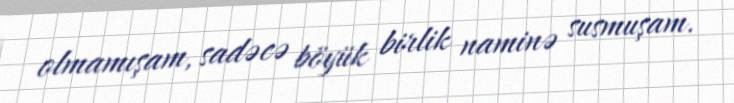
olmamışam, sadəcə böyük birlik naminə susmuşam.